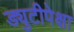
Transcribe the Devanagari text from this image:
ड्युटीपेक्षा